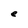
Character: e